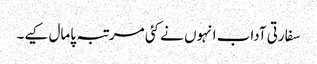
سفارتی آداب انہوں نے کئی مرتبہ پامال کیے۔